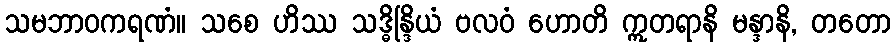
သမဘာဝကရဏံ။ သစေ ဟိဿ သဒ္ဓိန္ဒြိယံ ဗလဝံ ဟောတိ ဣတရာနိ မန္ဒာနိ, တတော